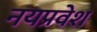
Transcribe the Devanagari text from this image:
नयप्रवेश